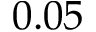
0 . 0 5